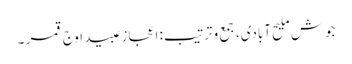
جوش ملیح آبادی، جمع و ترتیب: اعجاز عبید اوجِ قمر ۔